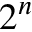
2 ^ { n }